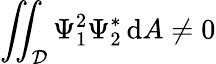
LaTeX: \iint_{\mathcal{D}}\Psi_{1}^{2}\Psi_{2}^{*}\, \mathrm{d}A\neq 0